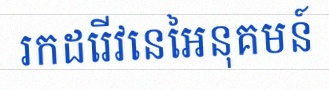
រកដេរីវេនៃអនុគមន៍